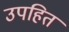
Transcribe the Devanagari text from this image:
उपहित